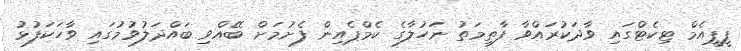
ޕީޕީއެމް ޓިކެޓްގައި ވާދަކުރައްވާ ފާތިމަތު ނަހުލާގެ ކެމްޕެއިން ފެށުމަށް ބޭއްވި ބައްދަލުވުމުގައި ވާހަކަފުޅު